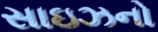
સાઇઝનો